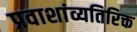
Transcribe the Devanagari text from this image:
प्रवाशांव्यतिरिक्त